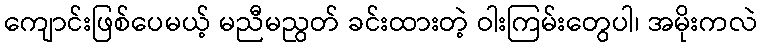
ကျောင်းဖြစ်ပေမယ့် မညီမညွတ် ခင်းထားတဲ့ ဝါးကြမ်းတွေပါ၊ အမိုးကလဲ